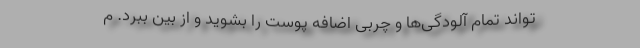
‌تواند تمام آلودگی‌ها و چربی اضافه پوست را بشوید و از بین ببرد. م